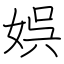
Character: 娯